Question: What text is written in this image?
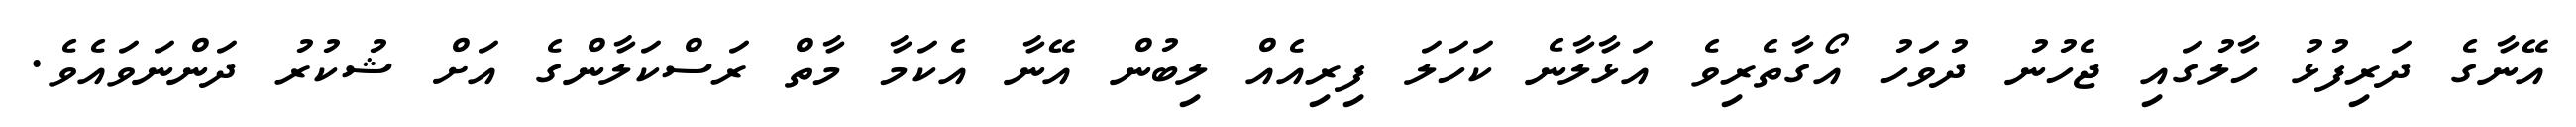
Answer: އޭނާގެ ދަރިފުޅު ހާލުގައި ޖެހުނު ދުވަހު އޯގާތެރިވެ އަޅާލާނެ ކަހަލަ ފިރިއެއް ލިބުން އޭނާ އެކަމާ މާތް ރަސްކަލާންގެ އަށް ޝުކުރު ދަންނަވައެވެ.